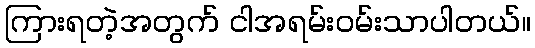
ကြားရတဲ့အတွက် ငါအရမ်းဝမ်းသာပါတယ်။